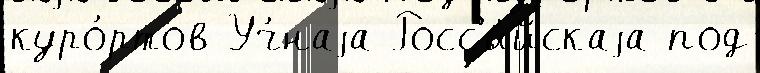
куро́ртов Уч́наjа Росс'и́йскаjа под